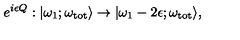
e ^ { i \epsilon Q } : | \omega _ { 1 } ; \omega _ { \mathrm { t o t } } \rangle \to | \omega _ { 1 } - 2 \epsilon ; \omega _ { \mathrm { t o t } } \rangle ,